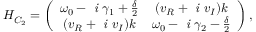
H _ { C _ { 2 } } = \left( \begin{array} { c c } { \omega _ { 0 } - \textit { i } \gamma _ { 1 } + \frac { \delta } { 2 } } & { ( v _ { R } + \textit { i } v _ { I } ) k } \\ { ( v _ { R } + \textit { i } v _ { I } ) k } & { \omega _ { 0 } - \textit { i } \gamma _ { 2 } - \frac { \delta } { 2 } } \end{array} \right) ,